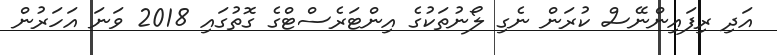
އަދި ރިފައިންނޭސް ކުރަން ނެގި ލޯނުތަކުގެ އިންޓަރެސްޓްގެ ގޮތުގައި 2018 ވަނަ އަހަރުން